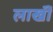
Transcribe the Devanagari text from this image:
लाखॊं